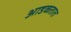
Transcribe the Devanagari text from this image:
अाडळतात